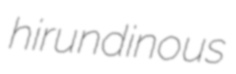
hirundinous